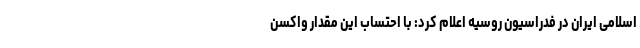
اسلامی ایران در فدراسیون روسیه اعلام کرد: با احتساب این مقدار واکسن